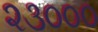
૨૩૦૦૦